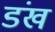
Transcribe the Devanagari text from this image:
डंख